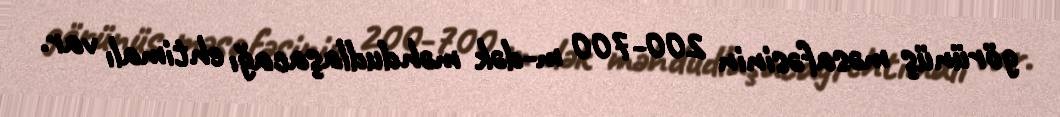
görünüş məsafəsinin 200-700 m-dək məhdudlaşacağı ehtimalı var.